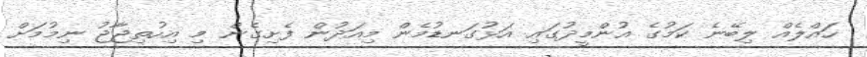
ހައްލެއް ލިބޭނެ ކަމުގެ އުންމީދުގައި އަޅުގަނޑުމެން މިއަދުން ފެށިގެން މި އިހުތިޖާޖު ނިމުމަށް